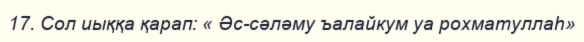
17. Сол иыққа қарап: « Әс-сәләму ъалайкум уа рохматуллаһ»